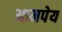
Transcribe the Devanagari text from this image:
आमपेय